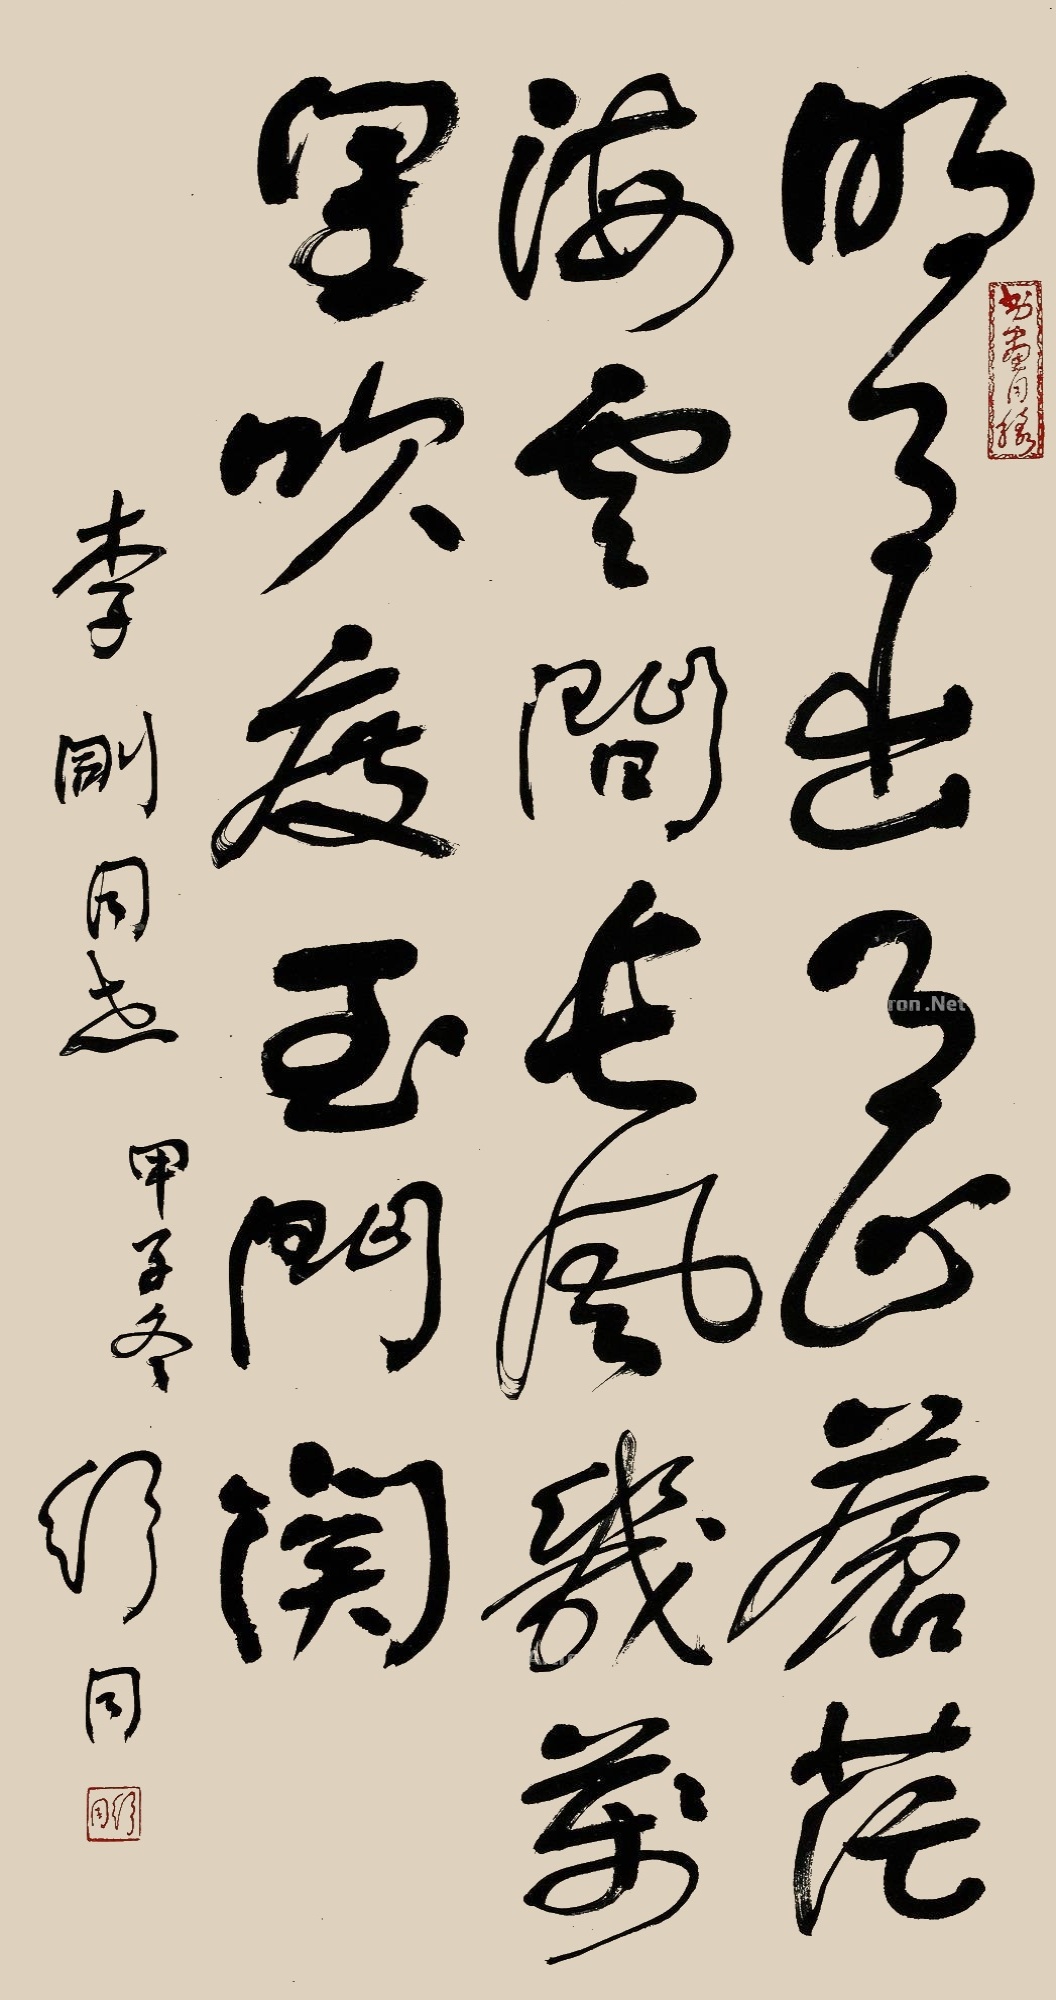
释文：明月出天山,苍茫云海间。长风几万里,吹度玉门关。李刚同志，甲子冬，舒同。